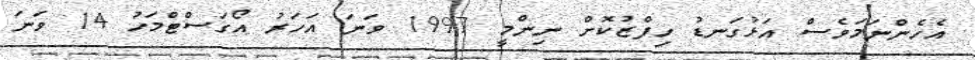
އެހެންނަމަވެސް އަޅުގަނޑު ހިފްޒުކޮށް ނިންމީ 1997 ވަނަ އަހަރު އޯގަސްޓްމަހު 14 ވަނަ